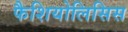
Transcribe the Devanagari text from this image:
फैशियोलिसिस